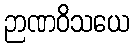
ဉာဏဝိသယေ